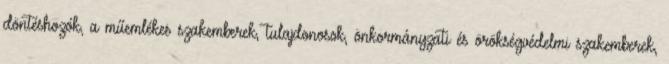
döntéshozók, a műemlékes szakemberek, tulajdonosok, önkormányzati és örökségvédelmi szakemberek,